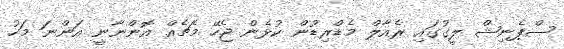
ސްޕެނިޝް ލީގުގައި ރެއާލް މެޑްރިޑުން ކުޅެން ޖެހޭ މެޗެއް އޮންނާނީ އަންނަ މަހު